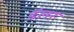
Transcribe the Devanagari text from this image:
डॅलर